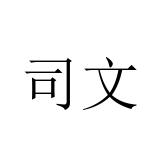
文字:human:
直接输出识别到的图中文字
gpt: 司文